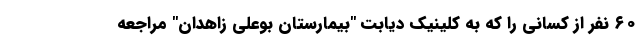
۶۰ نفر از کسانی را که به کلینیک دیابت "بیمارستان بوعلی زاهدان" مراجعه